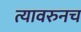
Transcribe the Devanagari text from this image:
त्यावरुनच